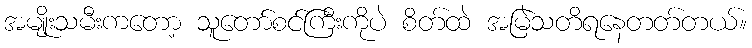
အမျိုးသမီးကတော့ သူတော်စင်ကြီးကိုပဲ စိတ်ထဲ အမြဲသတိရနေတတ်တယ်။